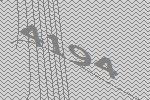
4194